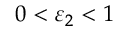
0 < \varepsilon _ { 2 } < 1